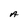
Character: A